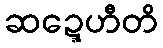
ဆဍ္ဍေဟီတိ